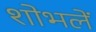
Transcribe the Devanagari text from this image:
शोभलें